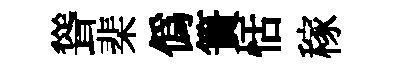
聳棐偽簣恬稼